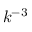
k ^ { - 3 }